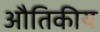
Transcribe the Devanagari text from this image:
औतिकीय